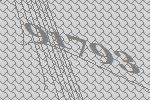
91793